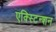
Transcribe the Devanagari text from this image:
एक्स्टिन्शन